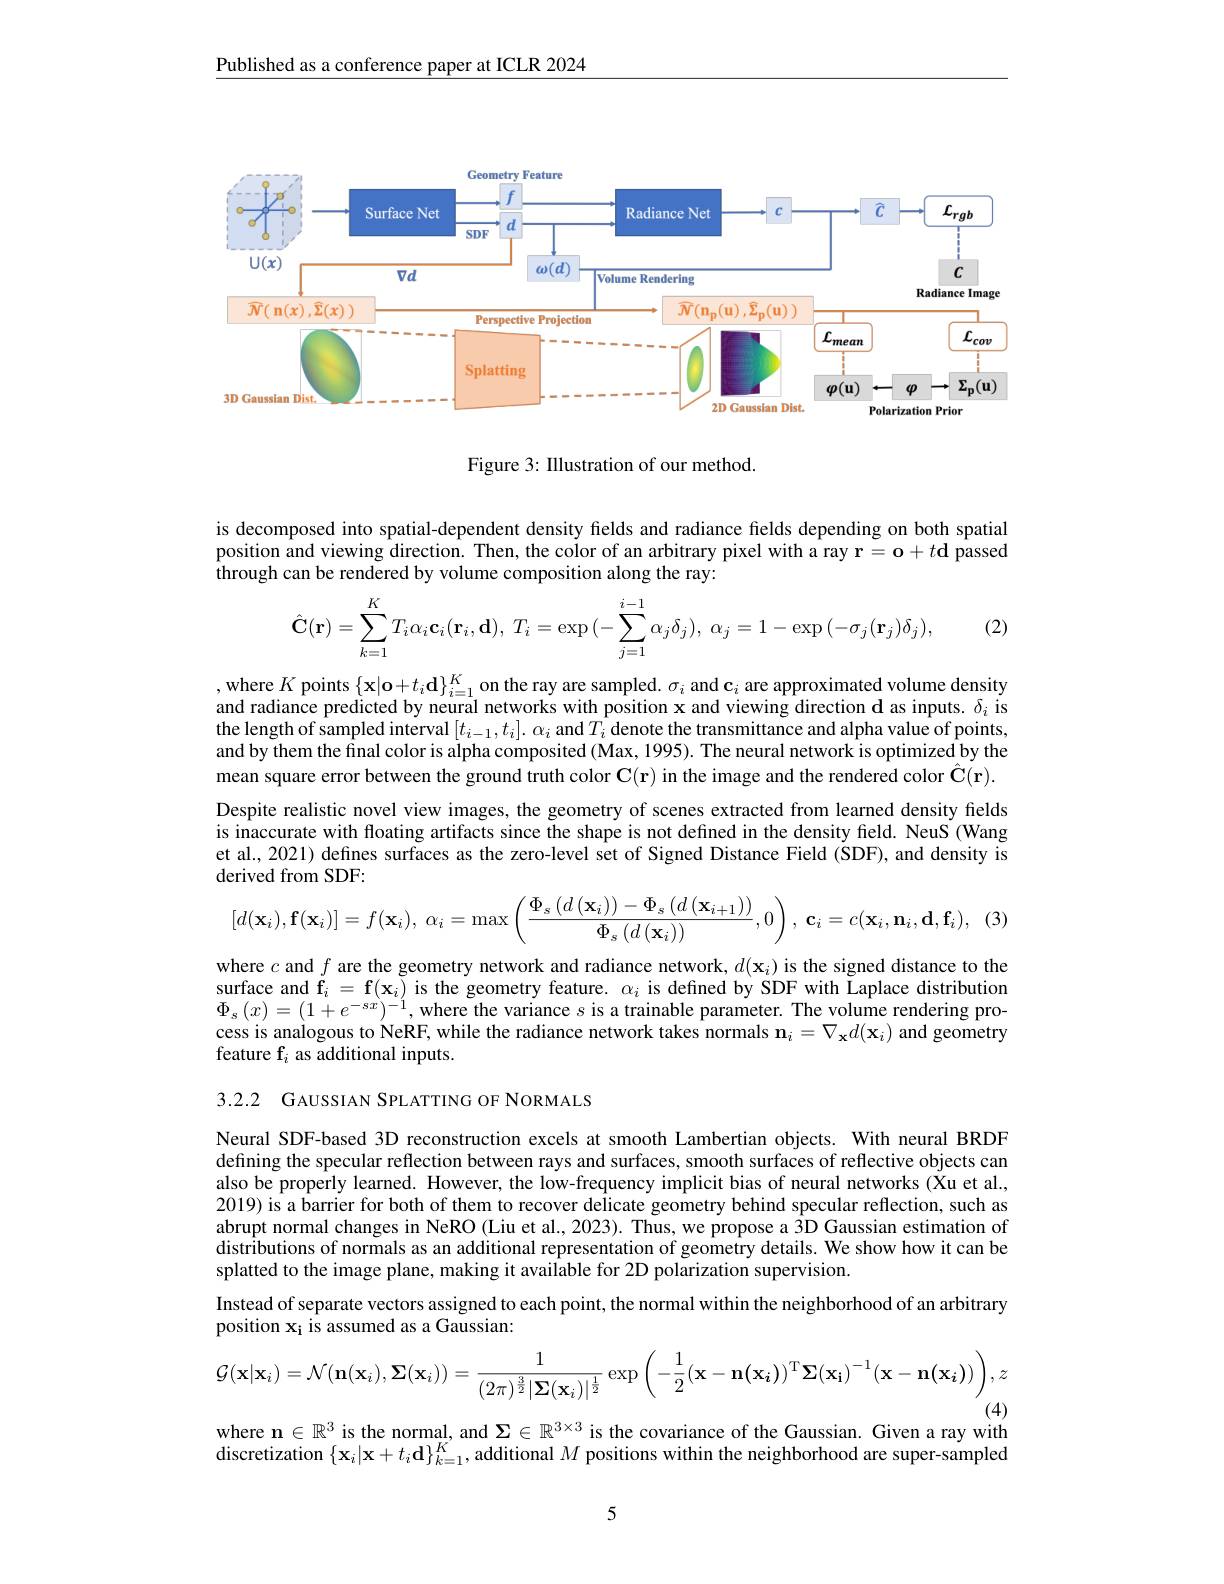
Published as a conference paper at ICLR 2024

<FigureHere>

Figure 3: Illustration of our method.

is decomposed into spatial-dependent density fields and radiance fields depending on both spatial position and viewing direction. Then, the color of an arbitrary pixel with a ray $\mathbf{r}=\mathbf{o}+t\mathbf{d}$ passed $\hat{\text{through can be rendered by volume composition along the ray:}}$

(2)
$$\hat{\mathbf C}(\mathbf r)=\sum\limits_{k=1}^KT_i\alpha_i\mathbf c_i(\mathbf r_i,\mathbf d),\:T_i=\exp{(-\sum\limits_{j=1}^{i-1}\alpha_j\delta_j)},\:\alpha_j=1-\exp{(-\sigma_j(\mathbf r_j)\delta_j)},$$
, where $K$ points $\{\mathbf{x}|\mathbf{o}+t_i\mathbf{d}\}_{i=1}^K$ on the ray are sampled. $\sigma_i$ and $\mathbf{c}_i$ are approximated volume density and radiance predicted by neural networks with position x and viewing direction d as inputs. $\delta_i$ is the length of sampled interval $[t_{i-1},t_i].\alpha_i$ and $T_i$ denote the transmittance and alpha value of points, and by them the final color is alpha composited (Max, 1995). The neural network is optimized by the mean square error between the ground truth color $\mathbf{C}(\mathbf{r})$ in the image and the rendered color $\hat{\mathbf{C}}(\mathbf{r}).$ Despite realistic novel view images, the geometry of scenes extracted from learned density fields is inaccurate with floating artifacts since the shape is not defined in the density field. NeuS (Wang et al., 2021) defines surfaces as the zero-level set of Signed Distance Field (SDF), and density is derived from SDF:
$$[d(\mathbf{x}_i),\mathbf{f}(\mathbf{x}_i)]=f(\mathbf{x}_i),\:\alpha_i=\max\left(\frac{\Phi_s\left(d\left(\mathbf{x}_i\right)\right)-\Phi_s\left(d\left(\mathbf{x}_{i+1}\right)\right)}{\Phi_s\left(d\left(\mathbf{x}_i\right)\right)},0\right),\:\mathbf{c}_i=c(\mathbf{x}_i,\mathbf{n}_i,\mathbf{d},\mathbf{f}_i),$$
where $c$ and $f$ are the geometry network and radiance network, $d(\mathbf{x}_i)$ is the signed distance to the surface and $\mathbf{f}_i=\mathbf{f}(\mathbf{x}_i)$ is the geometry feature. $\alpha_i$ is defined by SDF with Laplace distribution $\Phi_{s}\left(x\right)=(1+e^{-sx})^{-1}$,where the variance $s$ is a trainable parameter. The volume rendering process is analogous to NeRF, while the radiance network takes normals $\mathbf{n}_i=\nabla_\mathbf{x}d(\mathbf{x}_i)$ and geometry feature f$_i$ as additional inputs.

3.2.2 GAUSSIAN SPLATTING OF NORMALS

Neural SDF-based 3D reconstruction excels at smooth Lambertian objects. With neural BRDF defning the specular reflection between rays and surfaces, smooth surfaces of reflective objects can also be properly learned. However, the low-frequency implicit bias of neural networks (Xu et al. 2019) is a barrier for both of them to recover delicate geometry behind specular reflection, such as abrupt normal changes in NeRO (Liu et al., 2023). Thus, we propose a 3D Gaussian estimation of distributions of normals as an additional representation of geometry details. We show how it can be splatted to the image plane, making it available for 2D polarization supervision.
Instead of separate vectors assigned to each point, the normal within the neighborhood of an arbitrary
position $\mathbf{x_i}$ is assumed as a Gaussian:
$$\mathcal{G}(\mathbf{x}|\mathbf{x}_{i})=\mathcal{N}(\mathbf{n}(\mathbf{x}_{i}),\mathbf{\Sigma}(\mathbf{x}_{i}))=\frac{1}{(2\pi)^{\frac{3}{2}}|\mathbf{\Sigma}(\mathbf{x}_{i})|^{\frac{1}{2}}}\exp\left(-\frac{1}{2}(\mathbf{x}-\mathbf{n}(\mathbf{x}_{i}))^{\mathrm{T}}\mathbf{\Sigma}(\mathbf{x}_{i})^{-1}(\mathbf{x}-\mathbf{n}(\mathbf{x}_{i}))\right),z$$
(4)
where $\mathbf{n}\in\mathbb{R}^3$ is the normal, and $\boldsymbol\Sigma\in\mathbb{R}^{3\times3}$ is the covariance of the Gaussian. Given a ray with discretization $\{\mathbf{x}_{i}|\mathbf{x}+t_{i}\mathbf{d}\}_{k=1}^{K}$, additional $M$ positions within the neighborhood are super-sampled

5